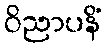
ဝိညာပနိံ